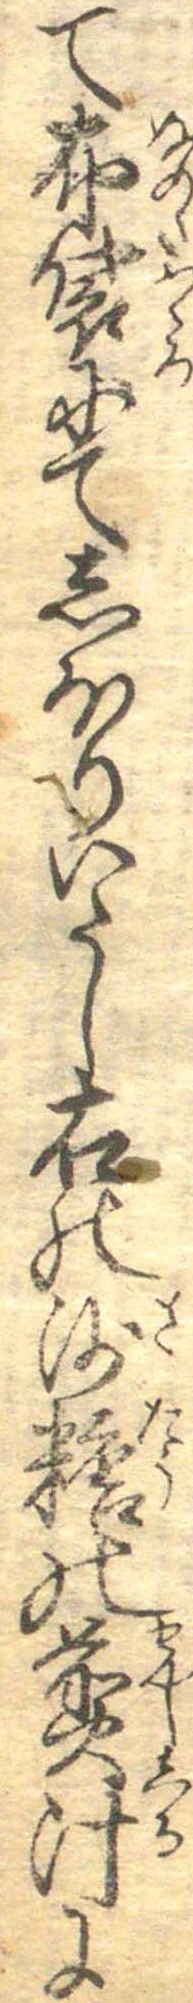
て布袋にてしほりいたし右の沙糖の煎汁に